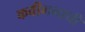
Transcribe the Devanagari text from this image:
कवीमनाची